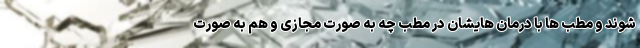
شوند و مطب ها با درمان هایشان در مطب چه به صورت مجازی و هم به صورت